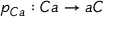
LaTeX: p _ { C a } : C a \rightarrow a C